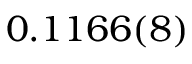
0 . 1 1 6 6 ( 8 )